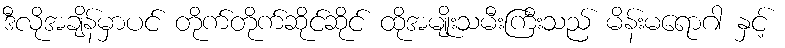
ဒီလိုအချိန်မှာပင် တိုက်တိုက်ဆိုင်ဆိုင် ထိုအမျိုးသမီးကြီးသည် မိန်းမရောဂါ နှင့်